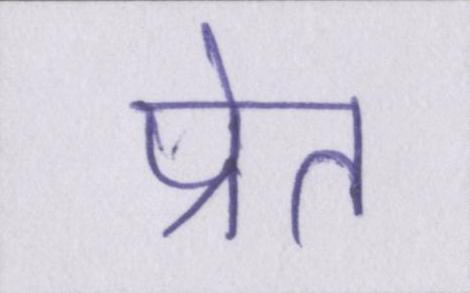
प्रेत